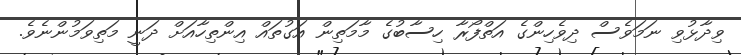
ވިދާޅުވި ނަމަވެސް ދިވެހިންގެ އަތްފޯރާ ހިސާބުގެ މާމަތިން އަގުތައް އިންތިހާއަށް ދަނީ މަތިވަމުންނެވެ.